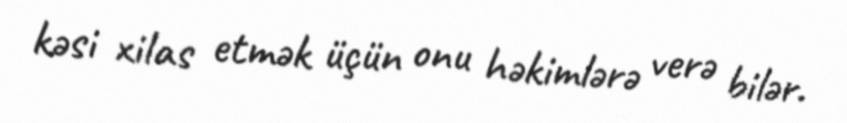
kəsi xilas etmək üçün onu həkimlərə verə bilər.